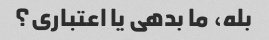
بله، ما بدهی یا اعتباری؟